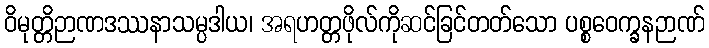
ဝိမုတ္တိဉာဏဒဿနာသမ္ပဒါယ၊ အရဟတ္တဖိုလ်ကိုဆင်ခြင်တတ်သော ပစ္စဝေက္ခနဉာဏ်